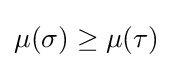
\mu (\sigma )\geq \mu (\tau )